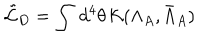
\tilde { \cal L } _ { D } = \int \, d ^ { 4 } \theta \, { \cal K } ( \Lambda _ { A } , \bar { \Lambda } _ { A } )